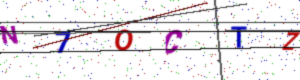
Text: N7OCTZ